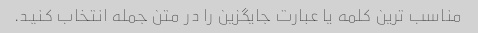
مناسب ترین کلمه یا عبارت جایگزین را در متن جمله انتخاب کنید.